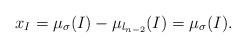
LaTeX: \begin{align*}x_I = {\mu}_{\sigma}(I) - \mu_{l_{n-2}} (I) = {\mu}_{\sigma}(I). \end{align*}